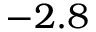
- 2 . 8